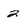
Character: 2